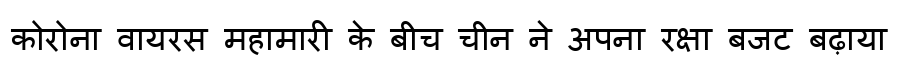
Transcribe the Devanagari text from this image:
कोरोना वायरस महामारी के बीच चीन ने अपना रक्षा बजट बढ़ाया